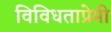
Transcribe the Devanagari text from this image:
विविधताप्रेमी